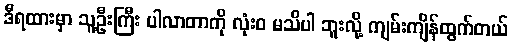
ဒီရထားမှာ သူ့ဦးကြီး ပါလာတာကို လုံးဝ မသိပါ ဘူးလို့ ကျမ်းကျိန်ထွက်တယ်